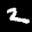
Digit: 2